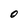
Character: O